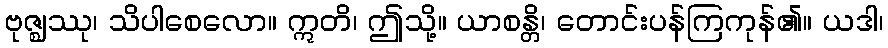
ဗုဇ္ဈဿု၊ သိပါစေလော။ ဣတိ၊ ဤသို့။ ယာစန္တိ၊ တောင်းပန်ကြကုန်၏။ ယဒါ၊